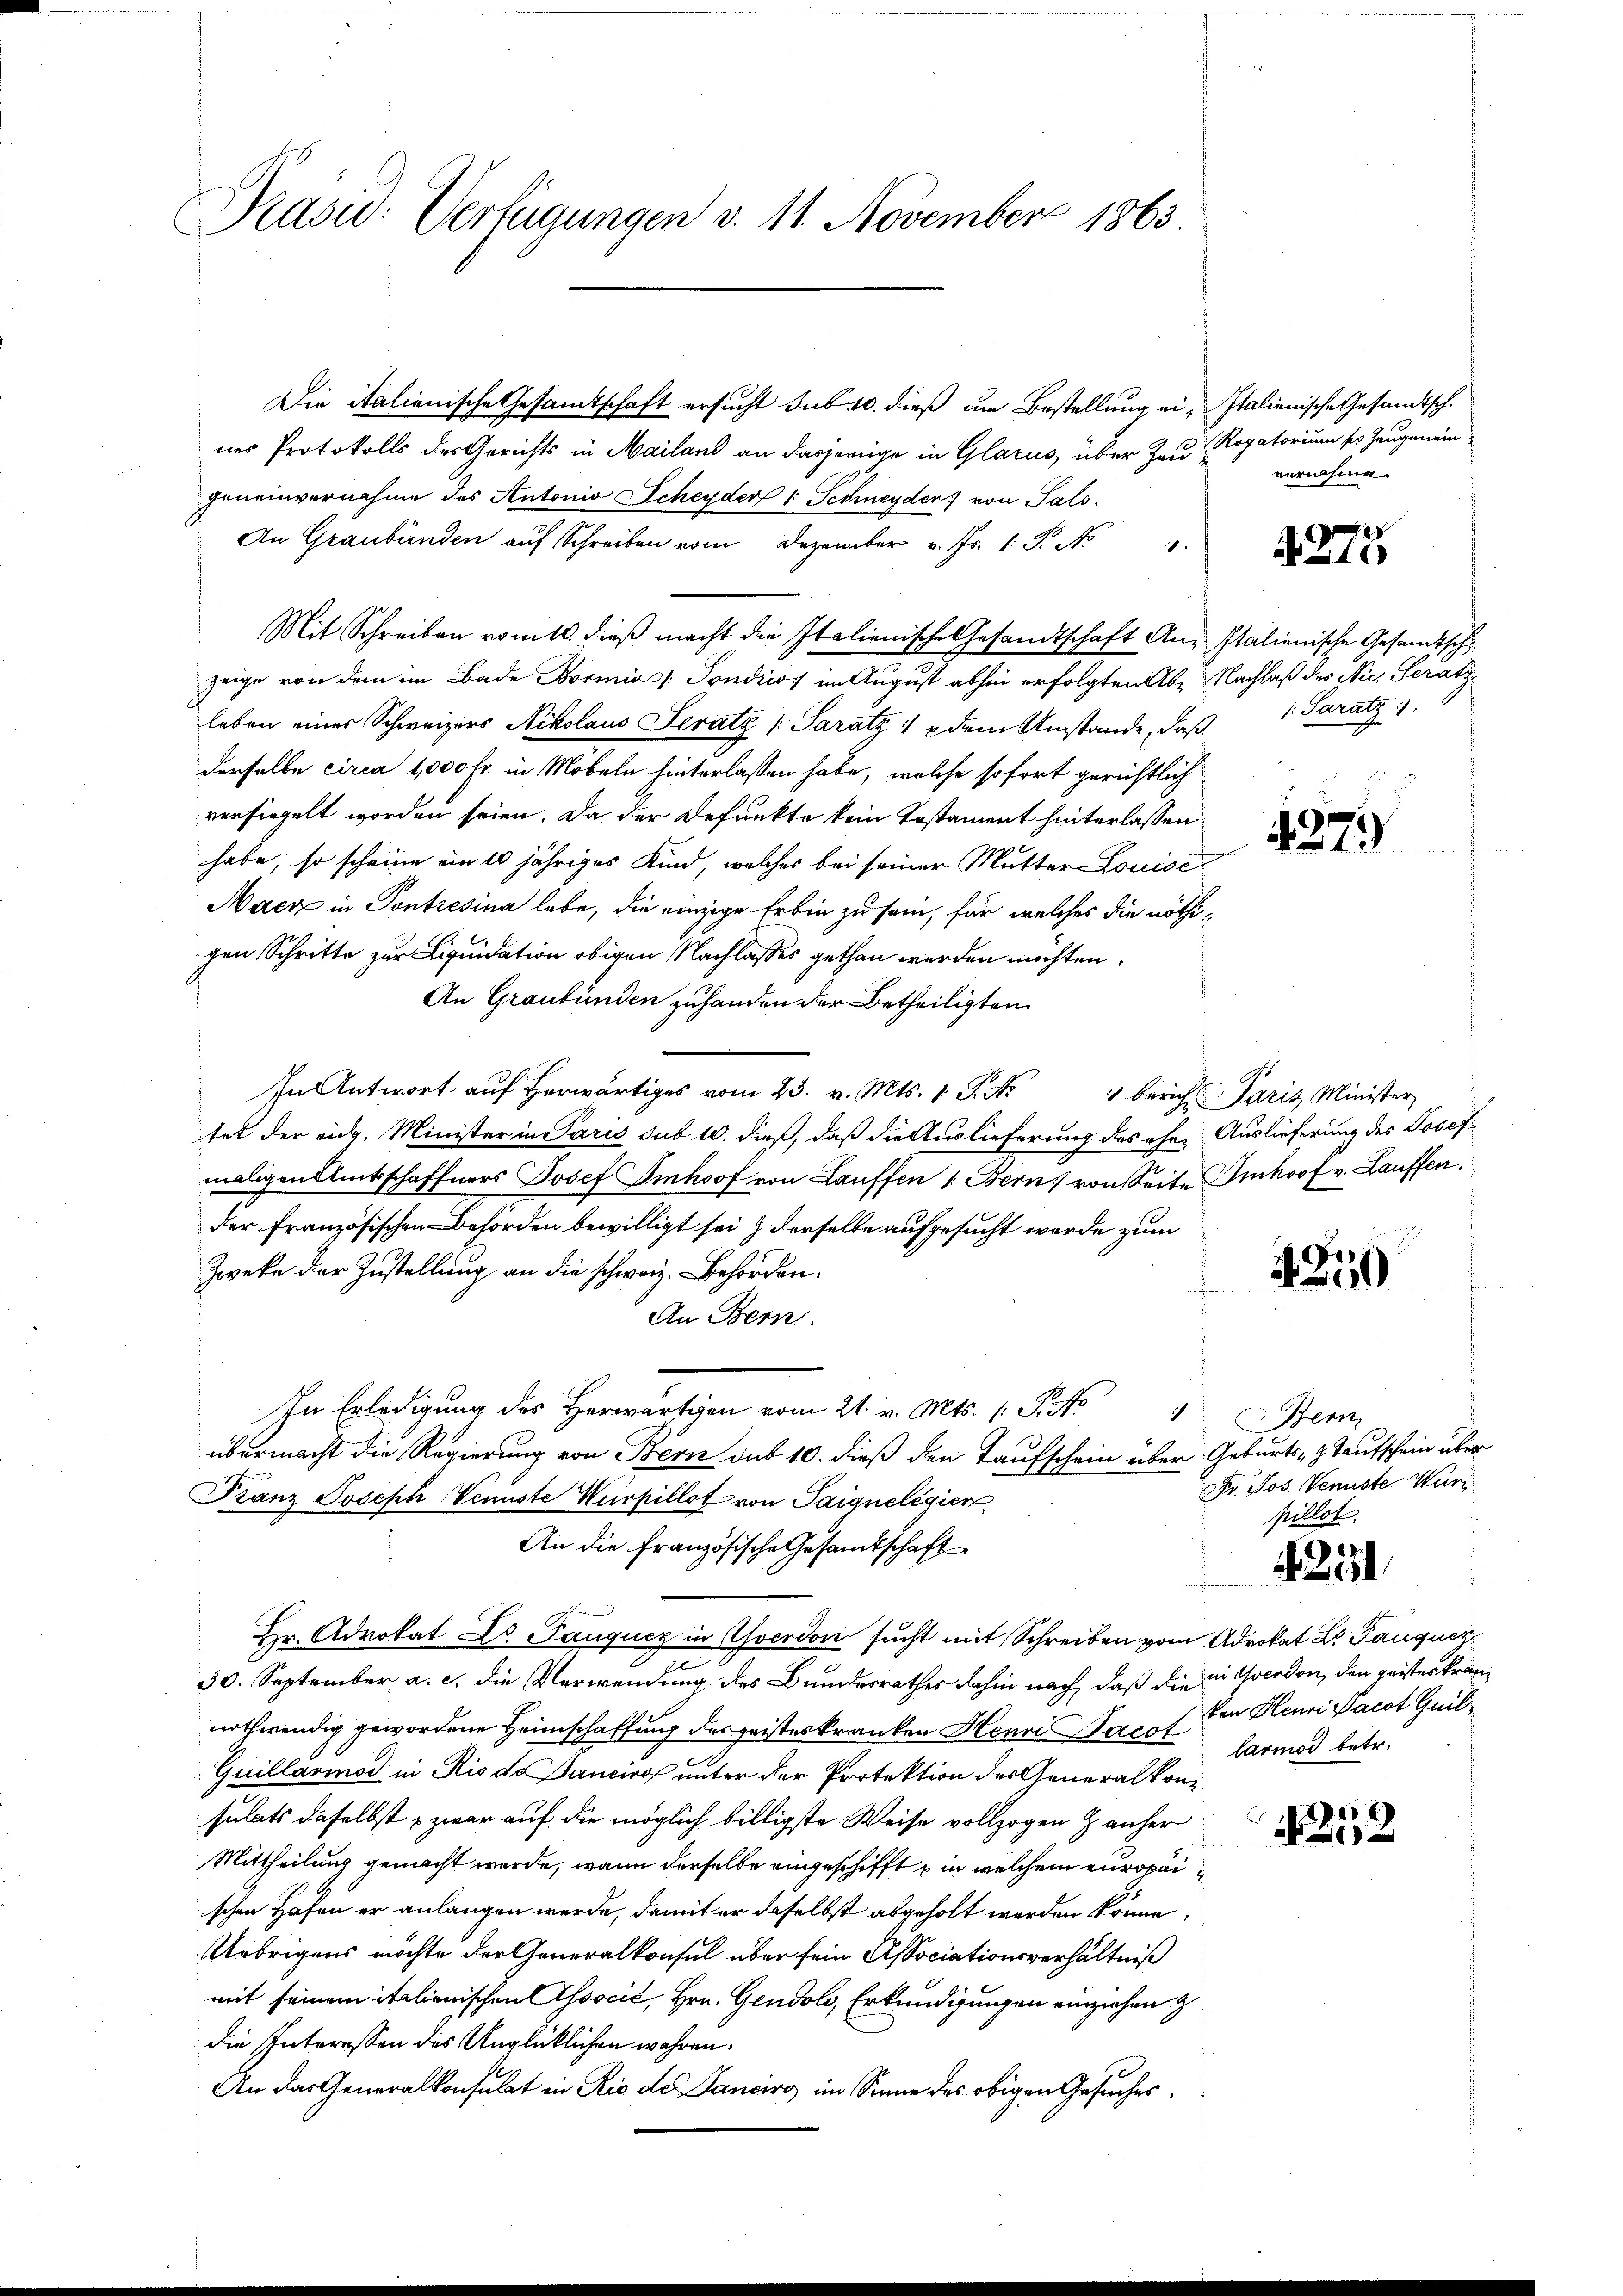
Präsid.: Verfügungen d. 11. November 1863

Die italienische Gesandtschaft ersucht sub 10. dieß um Bestellung ei- Italienische Gesandtsch.
nes Protokolls des Gerichts in Mailand an dasjenige in Glarus, über zu Rogatorium so zeugenein
geneinvernahme des Antonio Scheyder 1 Schineyder von Sals
An Graubünden aŭf Schreiben vom Dezember v. Fr. 1. P. Nr.
Mit Schreiben vom 10. dieβ macht die Italienische Gesandtschaft An- Italienische Gesandtsch
zeige von dem im Bade Bormnia [Tondriss im August abhin erfolgten Abe Nachlaß des Nic. Serati
leben einer Schweizers Nikolaus Seratz /: Saratz 1 dem Umstände, daß
derselbe circa 1,000 Fr. in Möbeln hinterlassen habe, welche sofort gerichtlich
versiegelt worden seien. Da der Befunkte kein Testament hinterlassen
habe, so scheine ein 10 jähriges Kind, welches bei seiner Mutter Louise
Macz in Pontresina lebe, die einzige Erbin zu sein, für welches die nöthigen Schritte zur Liquidation obigen Nachlasses gethan werden möchten.
An Graubünden zuhanden der Betheiligten
In Antwort aŭf herwärts vom 23. v. Mts. 1 S. Nr. 4 bericht Paris Minister,
tet der eidg. Minister in Paris sub 10. dieß, daß die Auslieferung des eher Auslieferung des Josef
maligen Amtschaffners Josef Imhof von Lauffen 1. Bern, vonseite Imhof v. Lauffen.
der französischen Behörden bewilligt sei & derselbe aufgesucht werde zum
Zwecke der Zustellung an die schweiz. Behörden.
An Bern.
In Erledigung des Herr vom 21. v. Mts. S. No
übermacht die Regierung von Bern das 10. dieß den Taufschein über Geburts- & Taufschein über
Franz Joseph Venuste Wirkillot von Taiqueligier
An die Französische Gesandtschaft
Hr. Advokat Dr. Pauqucz in Yverdon sucht mit Schreiben vom Advokat Dr. Tauquez
30. September a. c. die Verwendung des Bundesrathes dahin nach, daß die in Yverdon, den geistes krannothwendig gewordene Heimschaffung des geisteskranken Henri Bacot harmod betr.
Guillarmod in Rio de Danciro unter der Protektion des Generalkonsulats daselbst zwar auf die möglich billigste Weise vollzogen & anher
Mittheilung gemacht werde, wenn derselbe eingeschifft in welchem europaischen Hafen er anlangen werde, damit er daselbst abgeholt werden könne,
Uebrigens möchte der Generalkonsul über sein Associationsverhältniß
mit seinem italienischen Associć, Hrn. Gendoli, Erkundigungen einziehen z
die Interessen des Unglücklichen wahren.
An das Generalkonsulat in Rio des Sanciro im Sinne des obigen Gesuches

vernahme.

A275

: Saratz

4279

At

4Zud

Bern
Dr. Jos. Venuste Wurz
pillot.

25

von Henri Pacot Guil¬

1252